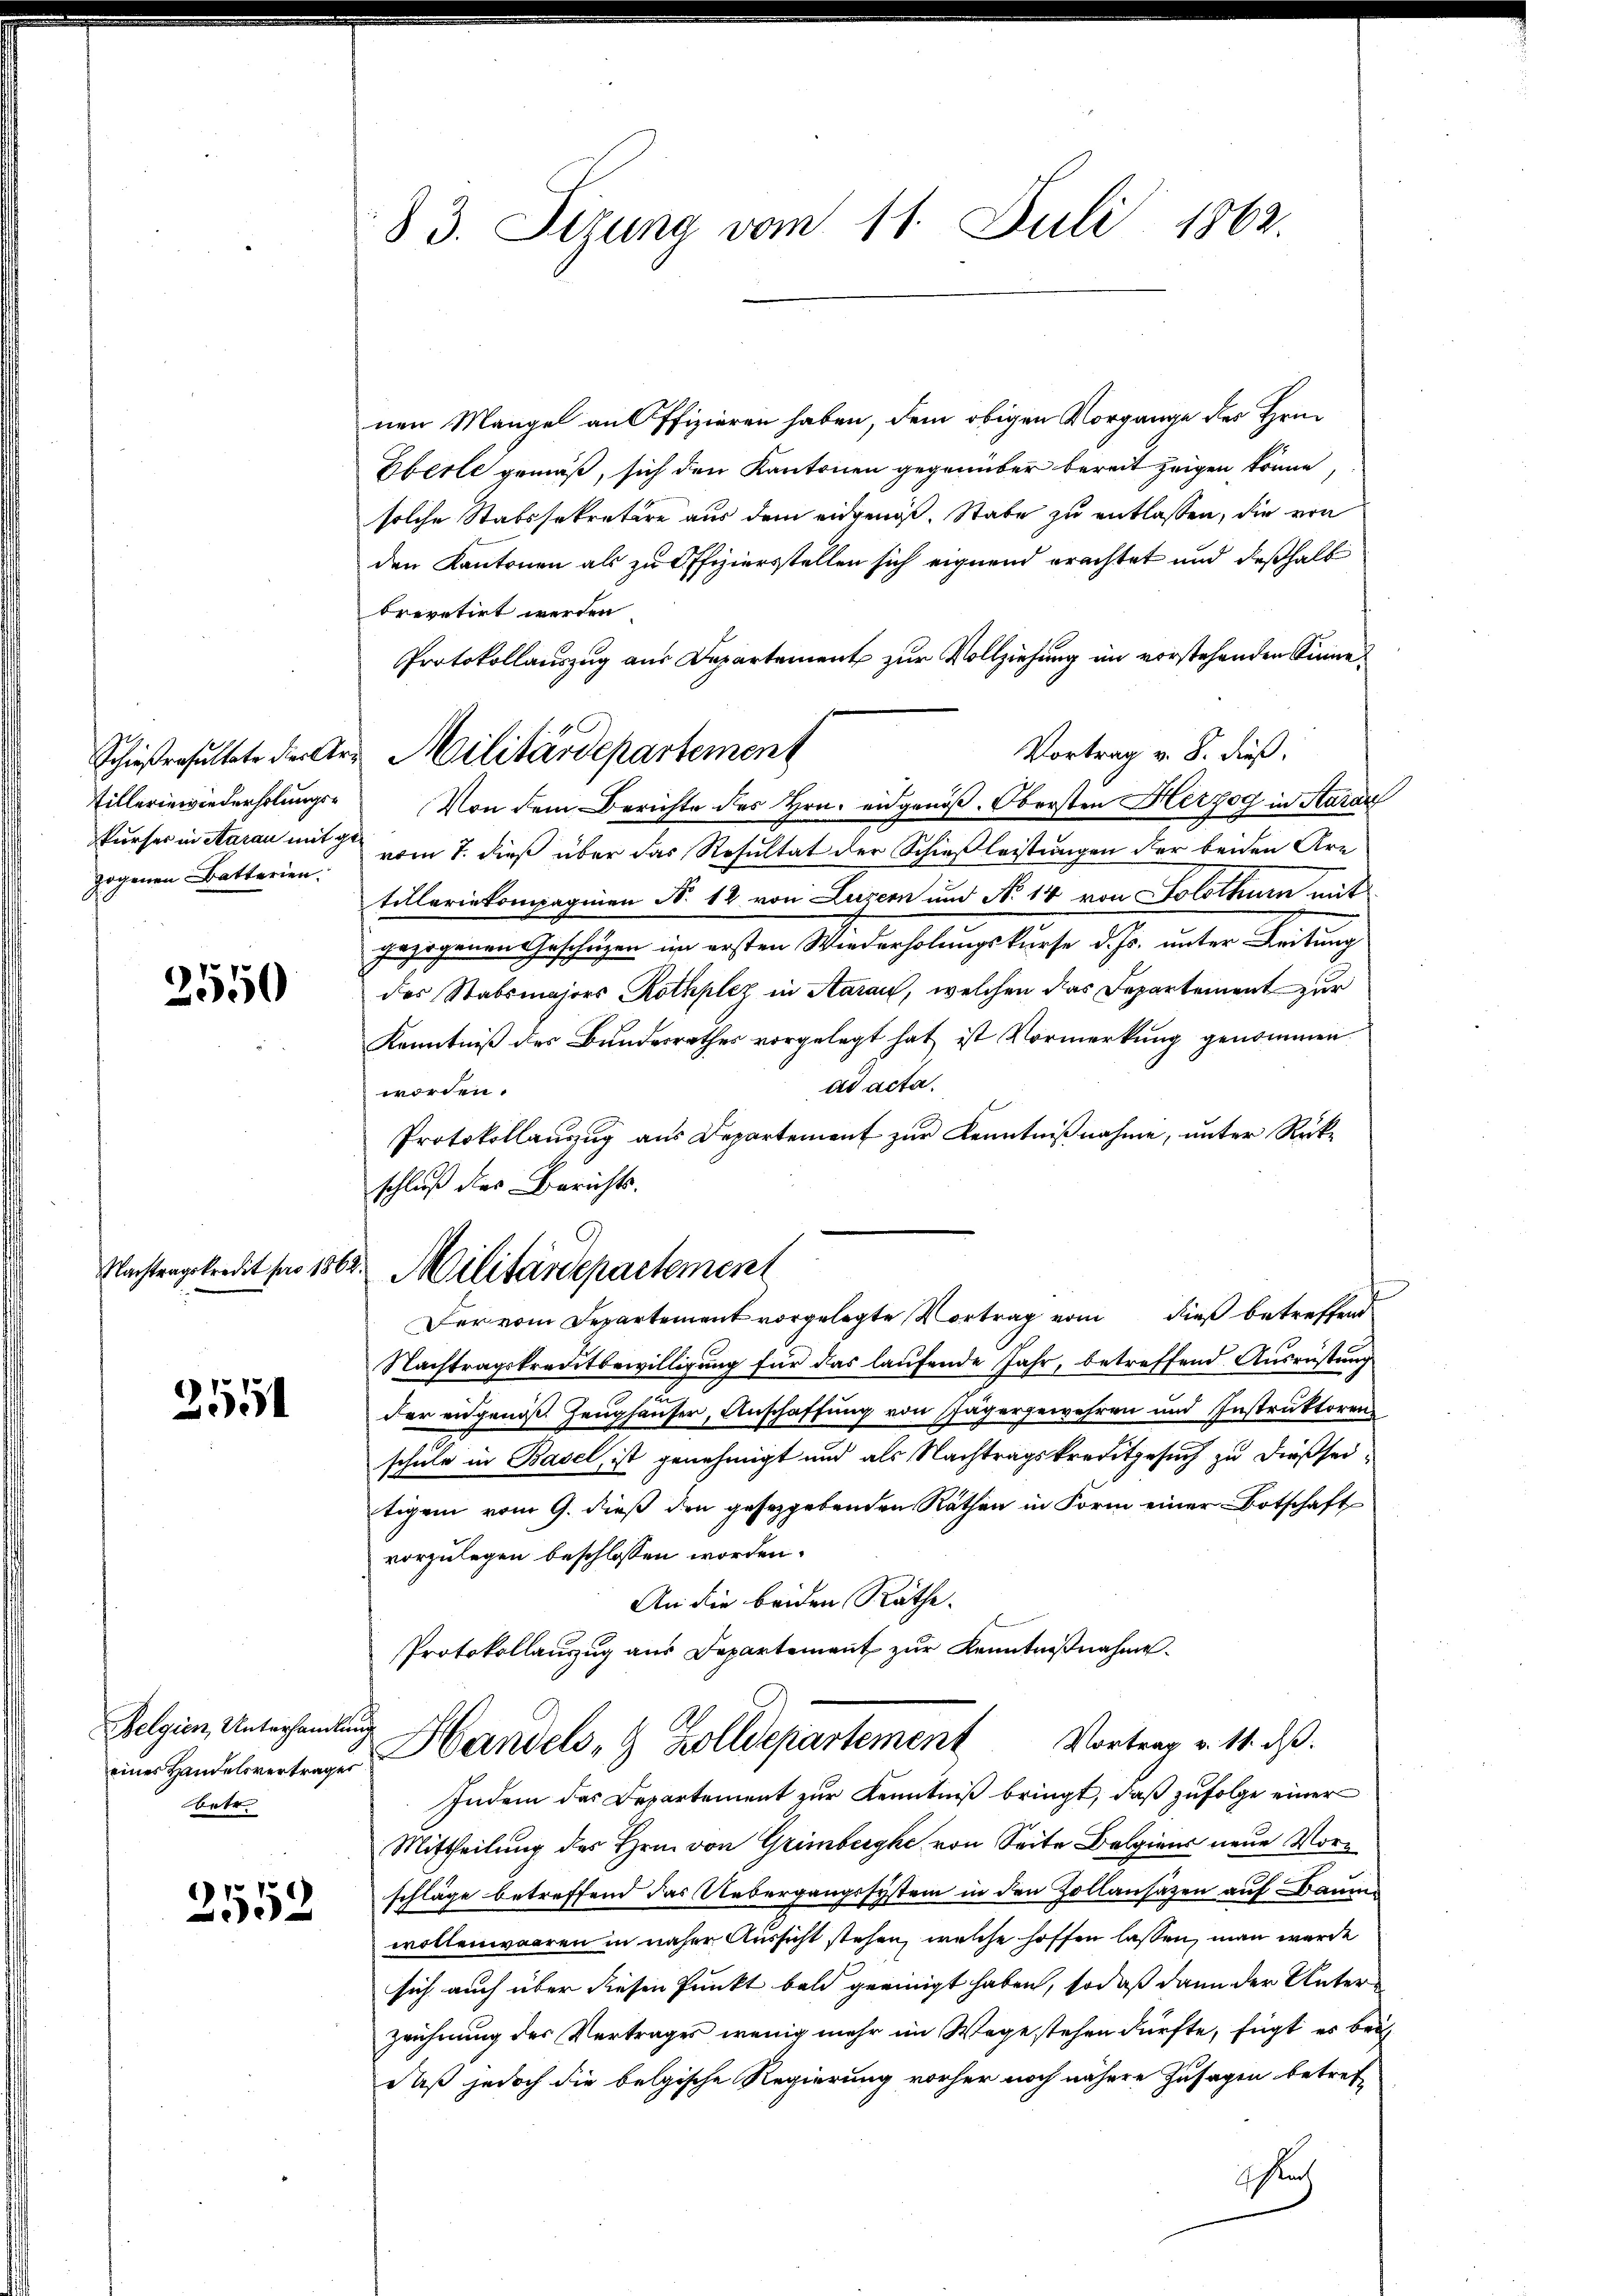
Tillerinwiederholungszogenen Batterien.

2550

2551

Belgien, Unterhandlung
betr.

)
552

83. Sizung vom 11. Juli 1862.

nen Mangel aus ffizieren haben, dem obigen Vorgange des Hrn.
Eberle gemäß, sich den Kantonen gegenüber bereit zeigen könne,
solche Stabssekretire aus dem eidgenoß, Stabe zu entlassen, die von
den Kantonen als zu Offiziersstellen sich eignend erachtet und deßhalb
brevetirt werden
Protokollauszug aus Departement zur Vollziehung im vorstehenden Sinne
Vortrag v. 8. dieß,
Von dem Berichte des Hrn. eidgenöß. Obersten Herzog in Aarau
kurser in Aarau mit vom 7. dieß über das Resultat der Schieß leistungen der beiden Are
tilleriekompagnien N. 12 von Luzern und No 14 von Solothurn mit
gezogenen Geschäzen im ersten Wiederholungskurse d. Js. unter Leitung
des Stabsmajors Rothplez in Aarau, welchen das Departement zur
Kenntniß des Bundesrathes vorgelegt hat ist Vormerkung genommen.
ad acta.
worden.
Protokollauszug aus Departement zur Kenntnißnahme, unter Rückschluß des Berichts.
Nachtragskreditbewilligung für das laufende Jahr, betreffend Ausrüstung
der eidgenöß Zeughäuser, Anschaffung von Sägergewehren und Instruktoren
schule in Basel, ist genehmigt und als Nachtragskreditgesuch zu dießseitigem vom 9. dieß den gesezgebenden Räthen in Form einer Botschaft
vorzulegen beschlossen worden.
An die beiden Räthe.
Protokollauszug aus Departement zŭr Kenntniβnahme
einer Handelvertragen Handels- & Zolldepartement Vortrag v. 141. ds.
Indem das Departement zur Kenntniß bringt, daß zufolge einer
Mittheilung des Hein von Grünbergke von Seite Belgiens neue Vorschläge betreffend das Uebergangssystem in den Zollansätzen auf Baum
wollenwaaren in näher Aussicht stehen, welche hoffen lassen, man werde
sich auch über diesen Punkt bald geeinigt haben, sodaß dann der Unter¬
Zeichnung des Vertrages wenig mehr im Wege stehen dürfte, fügt es bei
daß jedoch die belgische Regierung vorher noch nähere Zusagen betref
schen

1
Schießresultete der Art. Militärdepartement

Nachten gekredit für 1862. Militärdepartement
Der vom Departement vorgelegte Vortrag vom dieß betreffend